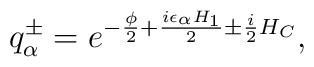
q_{\alpha}^{\pm}=e^{-{\phi\over2}+{i\epsilon_\alpha H_{1}\over2}\pm {i\over2}H_{C}},